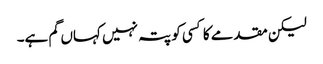
لیکن مقدمے کا کسی کو پتہ نہیں کہاں گم ہے۔